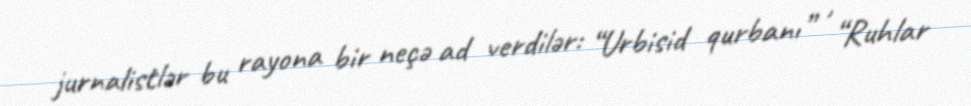
jurnalistlər bu rayona bir neçə ad verdilər: “Urbisid qurbanı” , “Ruhlar